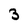
Character: 3